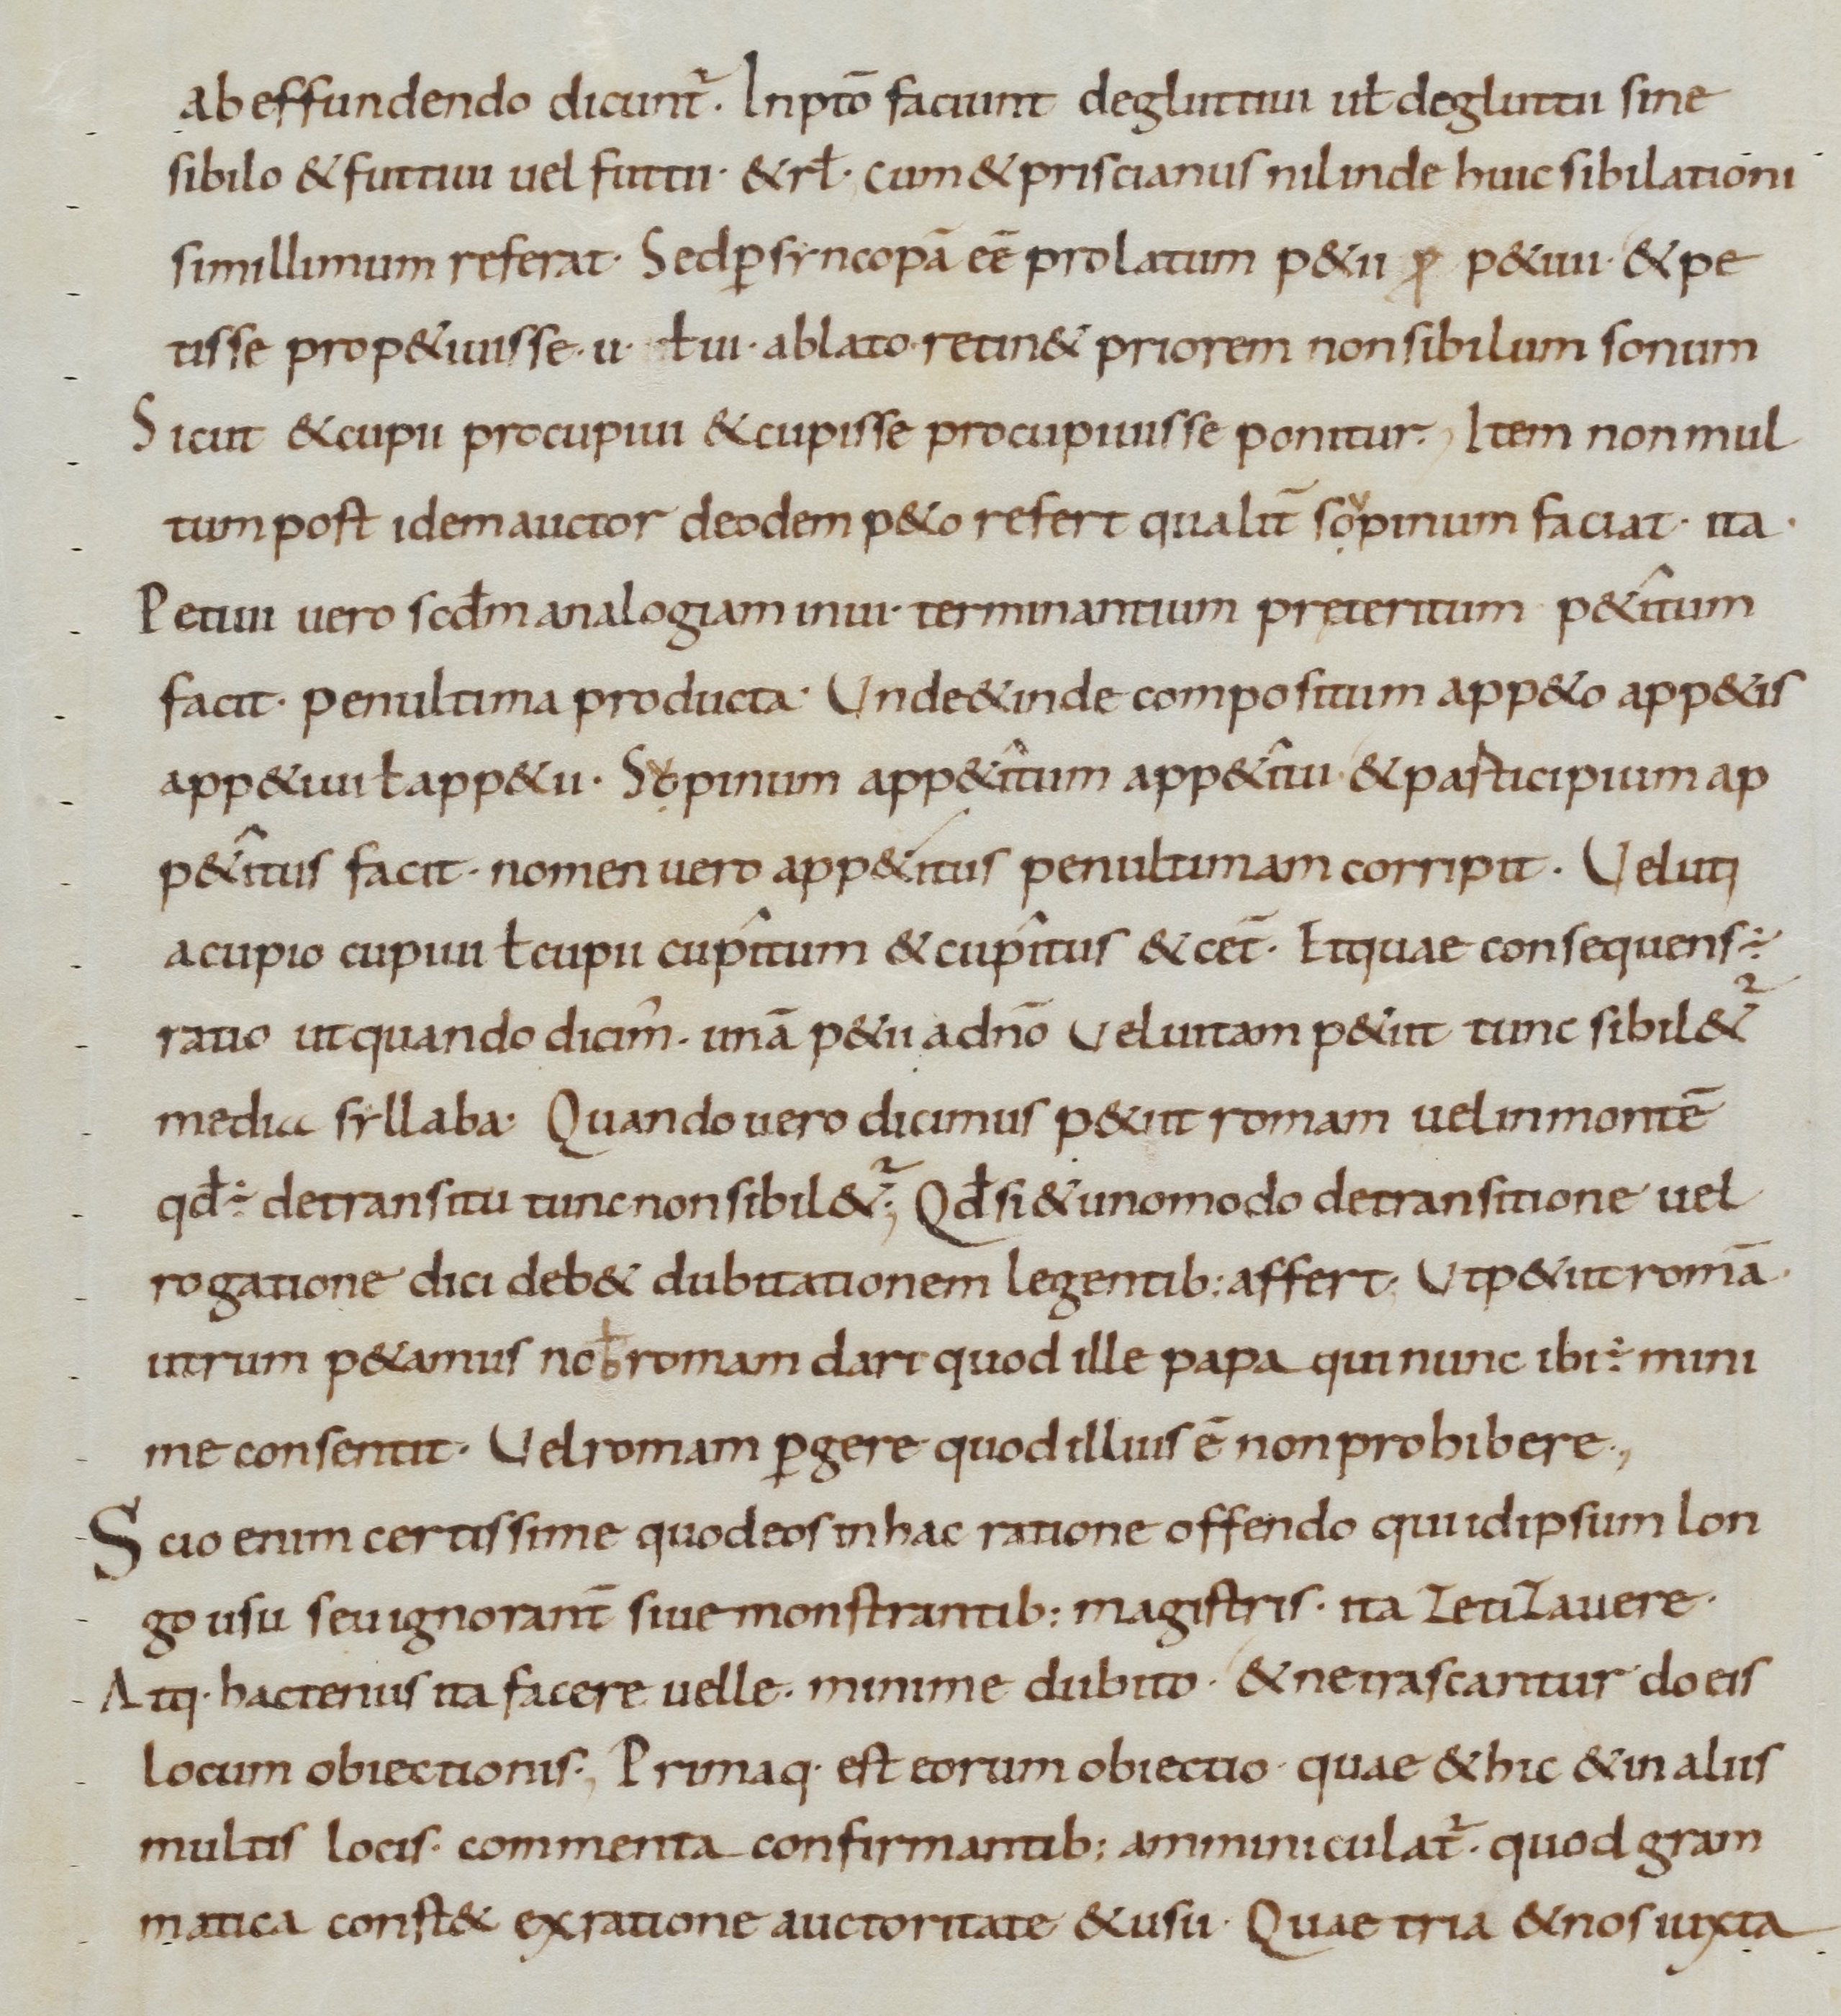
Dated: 900–999